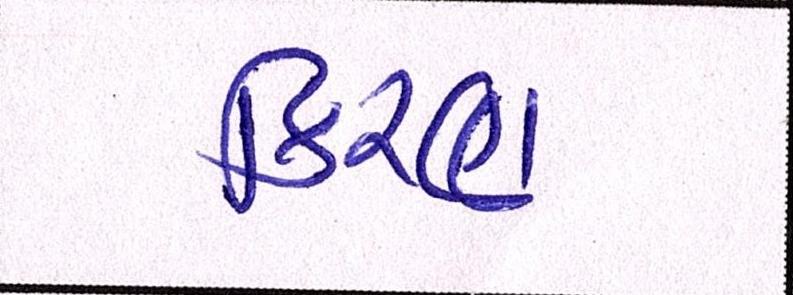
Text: કિરણ